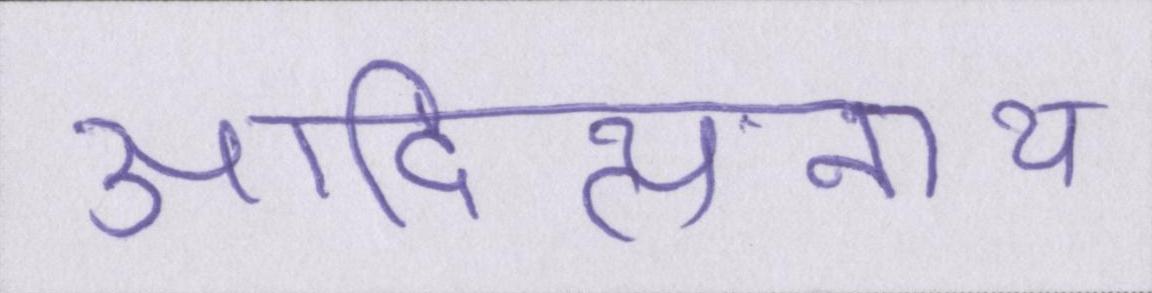
आदित्यनाथ